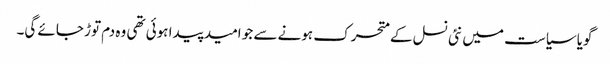
گویا سیاست میں نئی نسل کے متحرک ہونے سے جو امید پیدا ہوئی تھی وہ دم توڑ جائے گی۔